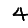
Digit: 4